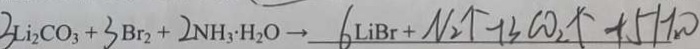
3 L i _ { 2 } C O _ { 3 } + 3 B r _ { 2 } + 2 N H _ { 3 } \cdot H _ { 2 } O \rightarrow 6 L i B r + N _ { 2 } \uparrow + 3 C O _ { 2 } \uparrow + 5 H _ { 2 } O